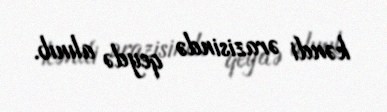
kəndi ərazisində qeydə alınıb.